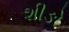
શીઙો